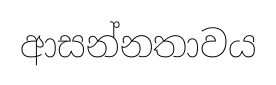
ආසන්නතාවය